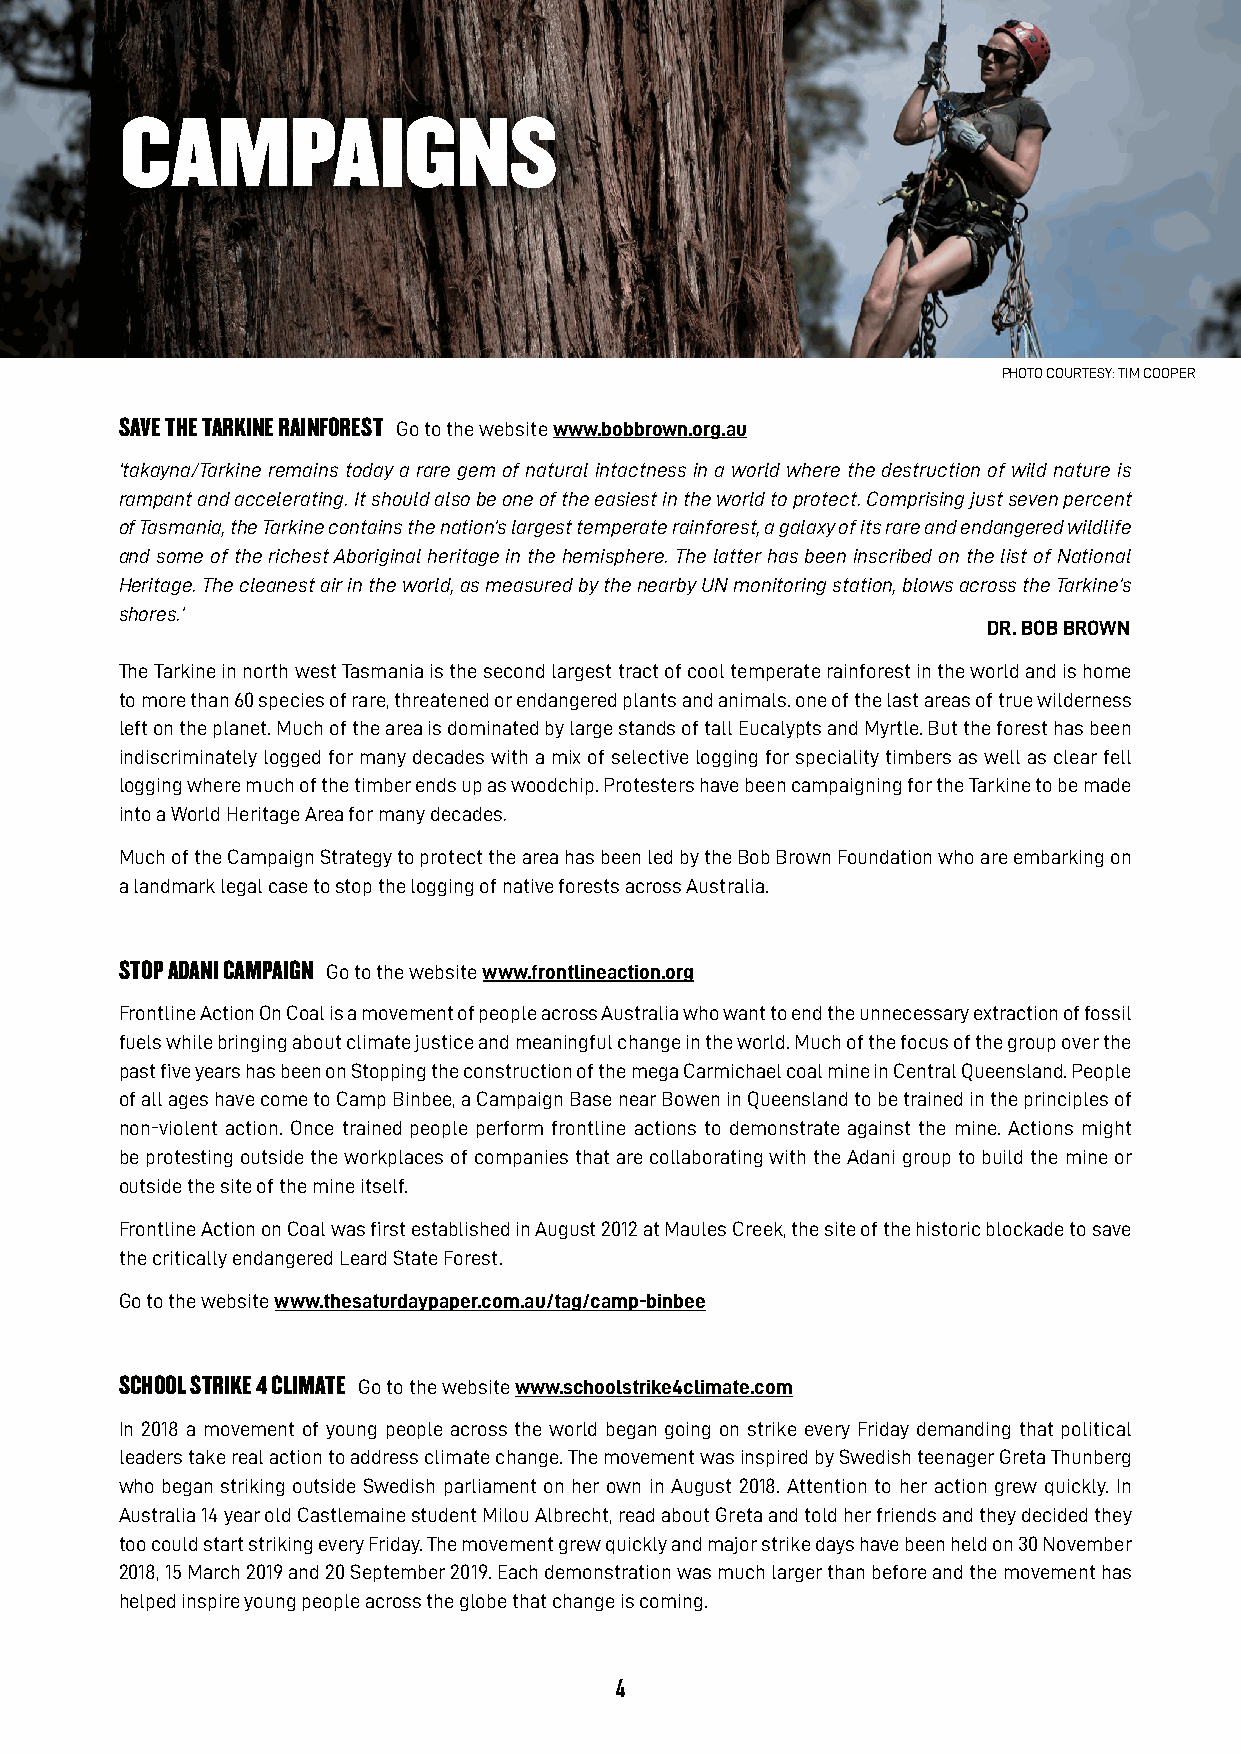
CaMPaIgnS
 PHOTO COURTESY: TIM COOPER
 SAvE ThE TARKINE RAINFOREST Go to the website www.bobbrown.org.au
 ‘takayna/Tarkine remains today a rare gem of natural intactness in a world where the destruction of wild nature is
 rampant and accelerating. It should also be one of the easiest in the world to protect. Comprising just seven percent
 of Tasmania, the Tarkine contains the nation’s largest temperate rainforest, a galaxy of its rare and endangered wildlife
 and some of the richest Aboriginal heritage in the hemisphere. The latter has been inscribed on the list of National
 Heritage. The cleanest air in the world, as measured by the nearby UN monitoring station, blows across the Tarkine’s
 shores.’
 DR. BOB BROWN
 The Tarkine in north west Tasmania is the second largest tract of cool temperate rainforest in the world and is home
 to more than 60 species of rare, threatened or endangered plants and animals. one of the last areas of true wilderness
 left on the planet. Much of the area is dominated by large stands of tall Eucalypts and Myrtle. But the forest has been
 indiscriminately logged for many decades with a mix of selective logging for speciality timbers as well as clear fell
 logging where much of the timber ends up as woodchip. Protesters have been campaigning for the Tarkine to be made
 into a World Heritage Area for many decades.
 Much of the Campaign Strategy to protect the area has been led by the Bob Brown Foundation who are embarking on
 a landmark legal case to stop the logging of native forests across Australia.
 STOP ADANI CAMPAIGN Go to the website www.frontlineaction.org
 Frontline Action On Coal is a movement of people across Australia who want to end the unnecessary extraction of fossil
 fuels while bringing about climate justice and meaningful change in the world. Much of the focus of the group over the
 past five years has been on Stopping the construction of the mega Carmichael coal mine in Central Queensland. People
 of all ages have come to Camp Binbee, a Campaign Base near Bowen in Queensland to be trained in the principles of
 non-violent action. Once trained people perform frontline actions to demonstrate against the mine. Actions might
 be protesting outside the workplaces of companies that are collaborating with the Adani group to build the mine or
 outside the site of the mine itself.
 Frontline Action on Coal was first established in August 2012 at Maules Creek, the site of the historic blockade to save
 the critically endangered Leard State Forest.
 Go to the website www.thesaturdaypaper.com.au/tag/camp-binbee
 SChOOL STRIKE 4 CLIMATE Go to the website www.schoolstrike4climate.com
 In 2018 a movement of young people across the world began going on strike every Friday demanding that political
 leaders take real action to address climate change. The movement was inspired by Swedish teenager Greta Thunberg
 who began striking outside Swedish parliament on her own in August 2018. Attention to her action grew quickly. In
 Australia 14 year old Castlemaine student Milou Albrecht, read about Greta and told her friends and they decided they
 too could start striking every Friday. The movement grew quickly and major strike days have been held on 30 November
 2018, 15 March 2019 and 20 September 2019. Each demonstration was much larger than before and the movement has
 helped inspire young people across the globe that change is coming.
 4